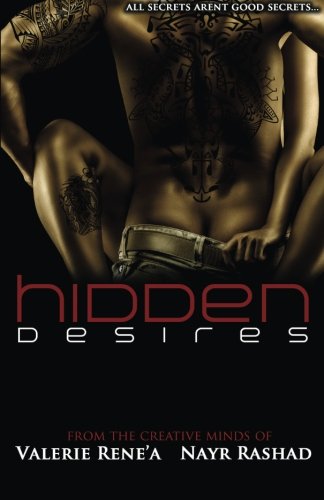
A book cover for Hidden Desires; Valerie Rene'a; Romance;